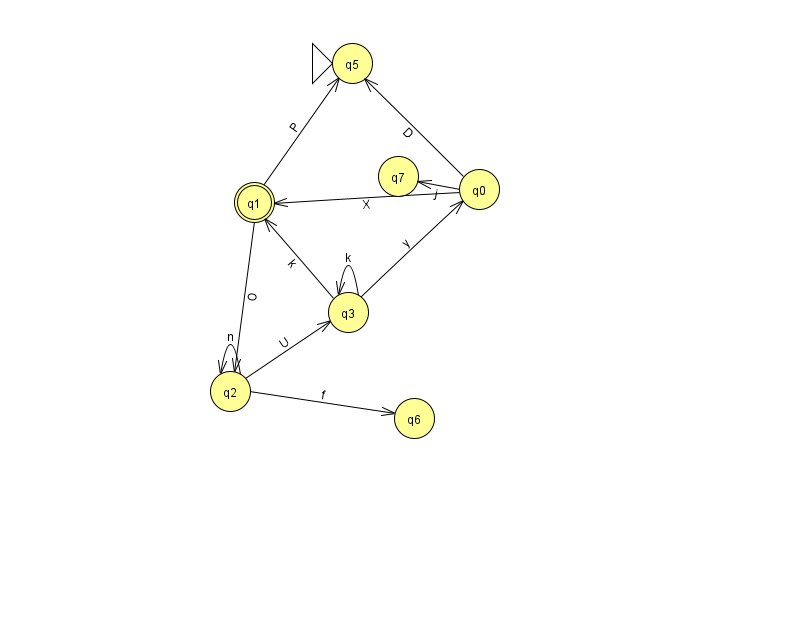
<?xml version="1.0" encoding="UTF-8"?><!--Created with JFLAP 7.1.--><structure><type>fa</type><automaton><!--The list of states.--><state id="0" name="q0"><x>479.0</x><y>176.0</y></state><state id="1" name="q1"><x>254.0</x><y>189.0</y><final/></state><state id="2" name="q2"><x>230.0</x><y>378.0</y></state><state id="3" name="q3"><x>348.0</x><y>299.0</y></state><state id="5" name="q5"><x>352.0</x><y>50.0</y><initial/></state><state id="6" name="q6"><x>414.0</x><y>405.0</y></state><state id="7" name="q7"><x>398.0</x><y>163.0</y></state><!--The list of transitions.--><transition><from>1</from><to>5</to><read>P</read></transition><transition><from>2</from><to>3</to><read>U</read></transition><transition><from>0</from><to>5</to><read>D</read></transition><transition><from>0</from><to>7</to><read>j</read></transition><transition><from>1</from><to>2</to><read>O</read></transition><transition><from>3</from><to>0</to><read>y</read></transition><transition><from>3</from><to>1</to><read>k</read></transition><transition><from>0</from><to>1</to><read>X</read></transition><transition><from>2</from><to>6</to><read>f</read></transition><transition><from>3</from><to>3</to><read>k</read></transition><transition><from>2</from><to>2</to><read>n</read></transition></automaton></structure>